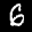
Label: 6